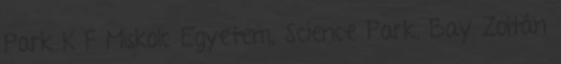
Park K F Miskolc Egyetem, Science Park, Bay Zoltán